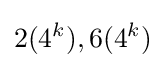
2(4^{k}),6(4^{k})